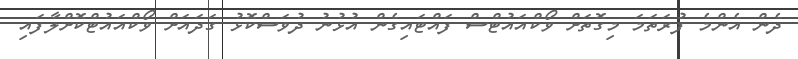
ދެން އެންމެ ފުރަތަމަ މިގޮތަށް ވޯކްއައުޓްސް ފައްޓައިގެން އުޅުނު ދުވަސްކޮޅު ގަދައަށް ވޯކްއައުޓްކޮށްލާފައި